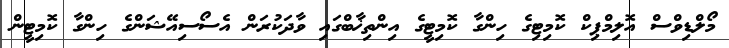
މޯލްޑިވްސް އޮލިމްޕިކް ކޮމިޓިގެ ހިންގާ ކޮމިޓީގެ އިންތިޚާބްގައި ވާދަކުރަން އެސޯސިއޭޝަންގެ ހިންގާ ކޮމިޓީން